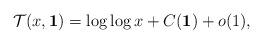
LaTeX: \begin{align*}\mathcal{T}(x, \textbf{1}) = \log \log x+C(\textbf{1})+o(1), \end{align*}